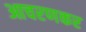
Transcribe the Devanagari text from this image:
आचरणकर